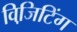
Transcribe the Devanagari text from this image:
विजि़टिंग